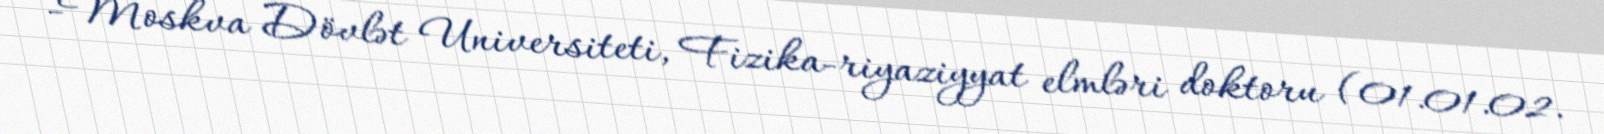
-Moskva Dövlət Universiteti, Fizika-riyaziyyat elmləri doktoru (01.01.02.